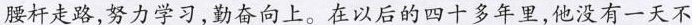
腰杆走路，努力学习，勤奋向上。在以后的四十多年里，他没有一天不